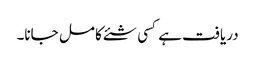
دریافت ہے کسی شئے کا مل جانا۔